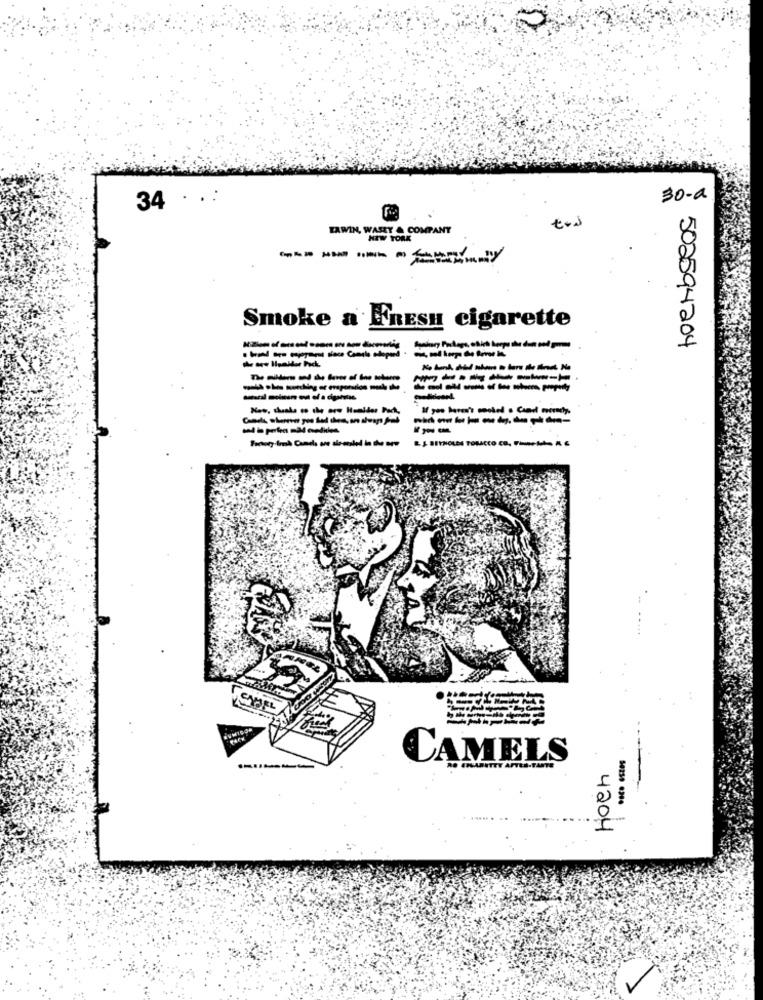
..:
30-a
34
ERWIN, WASEY & COMPANY
NEW YORK
------
Smoke a FRESH cigarette
502594204
------
---------
---------
-----------
--------
CAMELS
4204